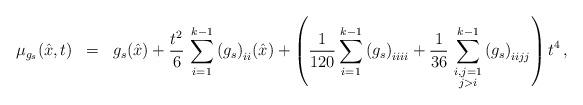
LaTeX: \begin{align*}\begin{array}{rcl}\displaystyle\mu_{g_s}(\hat x,t) &=& \displaystyle g_s(\hat x) + \frac{t^2}{6}\,\sum_{i=1}^{k-1} {(g_s)}_{ii}(\hat x) + \left(\frac{1}{120} \sum_{i=1}^{k-1} {(g_s)}_{iiii} +\frac{1}{36}\,\sum_{\substack{i,j=1 \\ j>i}}^{k-1} {(g_s)}_{iijj}\right) t^4\,,\end{array}\end{align*}